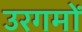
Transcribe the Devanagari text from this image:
उरगमों